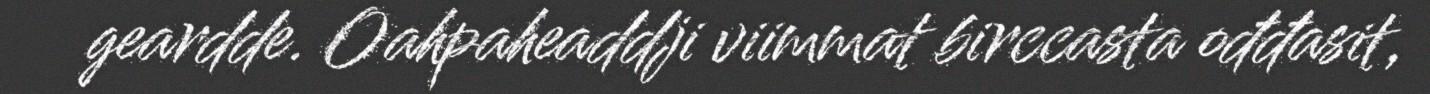
geardde. Oahpaheaddji viimmat birccasta ođđasit,